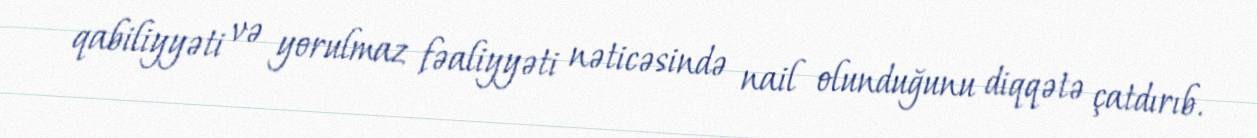
qabiliyyəti və yorulmaz fəaliyyəti nəticəsində nail olunduğunu diqqətə çatdırıb.